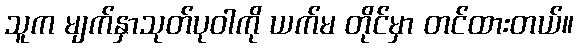
သူက မျက်နှာသုတ်ပုဝါကို ယက်မ တိုင်မှာ တင်ထားတယ်။